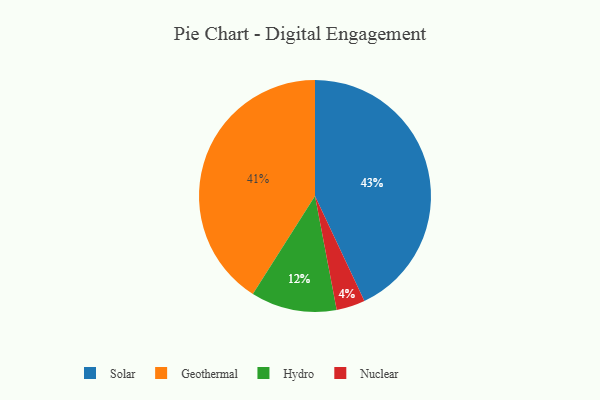
{"axis": {"x": "Category", "y": "Percentage"}, "legend": ["Geothermal", "Hydro", "Nuclear", "Solar"], "data": [{"x": "Hydro", "y": 12, "type": "Hydro"}, {"x": "Nuclear", "y": 4, "type": "Nuclear"}, {"x": "Solar", "y": 43, "type": "Solar"}, {"x": "Geothermal", "y": 41, "type": "Geothermal"}]}